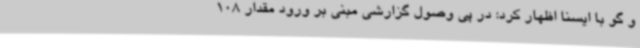
و گو با ایسنا اظهار کرد: در پی وصول گزارشی مبنی بر ورود مقدار 108